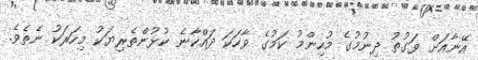
އޭނާއަށް ވަގުތު ދިނުމުގެ މުހިންމު ކަމުގެ ވާހަކަ ދައްކާނެ ކުޅުންތެރިޔަކު މިހަރަކު ނެތެވެ.